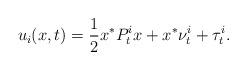
LaTeX: \begin{align*}u_i(x,t) = \frac{1}{2} x^* P^i_t x + x^* \nu^i_t + \tau^i_t.\end{align*}